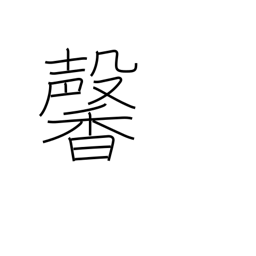
Meaning: fragrant